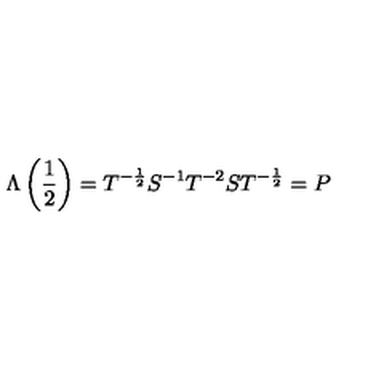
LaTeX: \Lambda \left( \frac { 1 } { 2 } \right) = T ^ { - \frac { 1 } { 2 } } S ^ { - 1 } T ^ { - 2 } S T ^ { - \frac { 1 } { 2 } } = P